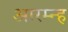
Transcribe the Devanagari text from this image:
आरम्न्ह